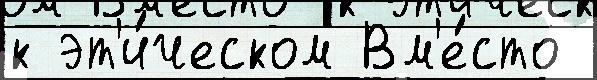
к эт'и́ческом Вм'е́сто